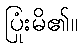
ပြုံးမိ၏။